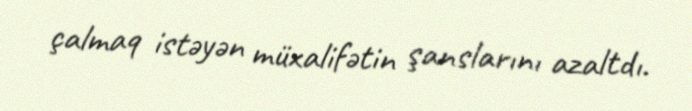
çalmaq istəyən müxalifətin şanslarını azaltdı.